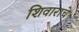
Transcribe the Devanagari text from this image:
शिवाराचे